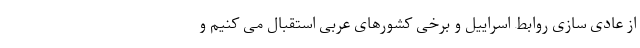
از عادی سازی روابط اسراییل و برخی کشورهای عربی استقبال می کنیم و